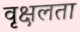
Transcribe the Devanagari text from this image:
वृक्षलता